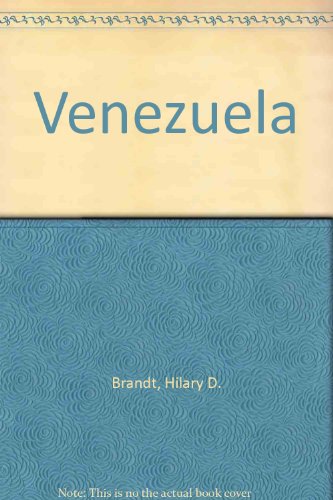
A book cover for Venezuela (Bradt Travel Guide Venezuela); Hilary D. Brandt; Travel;